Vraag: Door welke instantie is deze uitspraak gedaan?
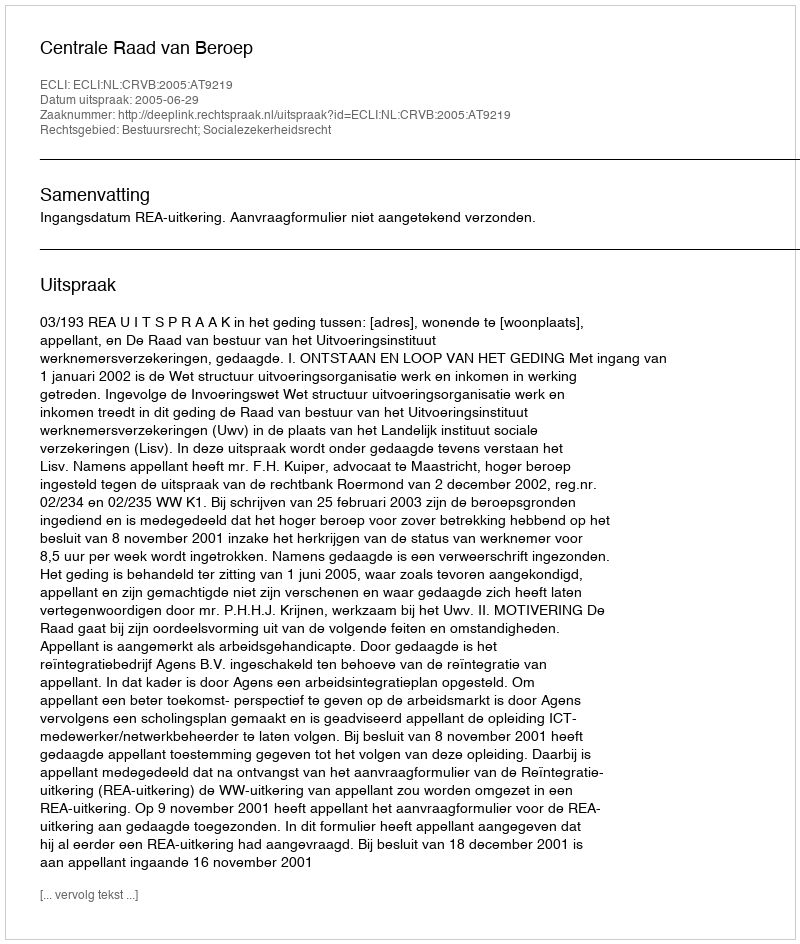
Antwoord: Centrale Raad van Beroep